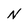
Character: N